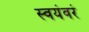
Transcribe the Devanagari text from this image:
स्वयंवरं